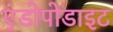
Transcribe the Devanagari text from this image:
एंडोपोडाइट